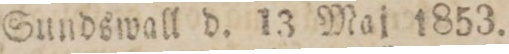
Sundswall d. 13 Maj 1853.